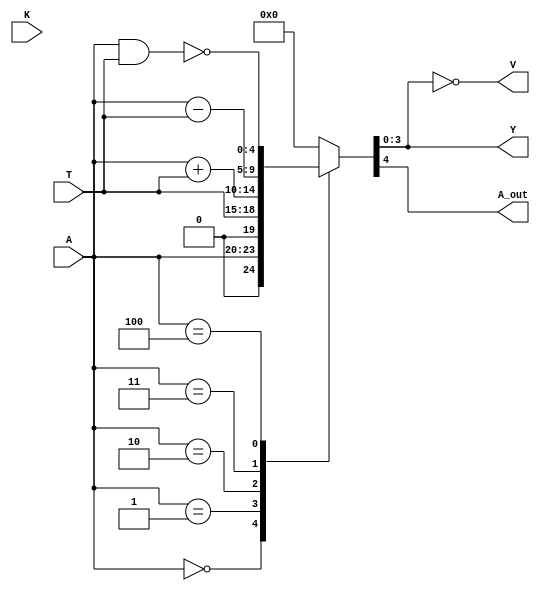
module Alu (
    input [3:0] K, 
    input [3:0] A, 
    input [3:0] T, 
    output [3:0] Y, 
    output V, 
    output A_out
    );
    reg [3:0] y_clo;
    reg r_clo;
    reg [4:0] clo;
    assign Y = clo[3:0];
    assign A_out = clo[4];
    assign V = (clo[3:0] == 0);
    always @(A, T, K)
    begin
        case(A)
            3'b000: clo = A;
            3'b001: clo = T;
            3'b010: clo = A+T;
            3'b011: clo = A-T;
            3'b100: clo = ~(A&T);
            default: clo = 0;
        endcase
    end
endmodule
/* Se implemento con 4 bits y un operando de 3 bit, los 
cuales realizan las funcines logicas del procesador */